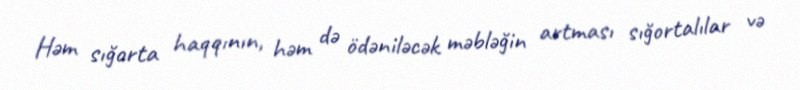
Həm sığorta haqqının, həm də ödəniləcək məbləğin artması sığortalılar və